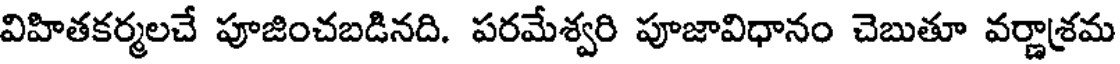
విహితకర్మలచే పూజించబడినది. పరమేశ్వరి పూజావిధానం చెబుతూ వర్ణాశ్రమ